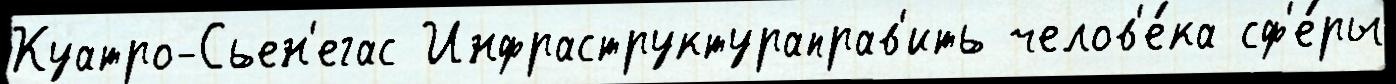
Куатро-Сьен'егас Инфраструктураправ'ить челов'е́ка сф'е́ры